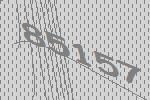
85157